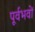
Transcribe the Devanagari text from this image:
पूर्वभवों